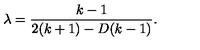
\lambda = \frac { k - 1 } { 2 ( k + 1 ) - D ( k - 1 ) } .